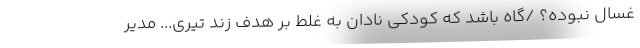
غسال نبوده؟ /گاه باشد که کودکی نادان به غلط بر هدف زند تیری... مدیر